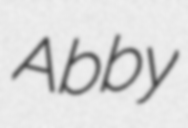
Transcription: Abby